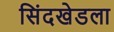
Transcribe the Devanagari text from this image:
सिंदखेडला